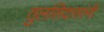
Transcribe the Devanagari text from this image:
तुलसिदासांनी